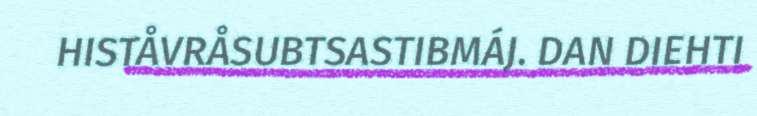
HISTÅVRÅSUBTSASTIBMÁJ. DAN DIEHTI